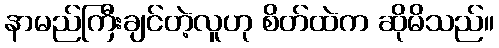
နာမည်ကြီးချင်တဲ့လူဟု စိတ်ထဲက ဆိုမိသည်။